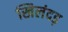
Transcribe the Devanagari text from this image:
खिलंदड़